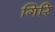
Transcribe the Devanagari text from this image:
गिरि